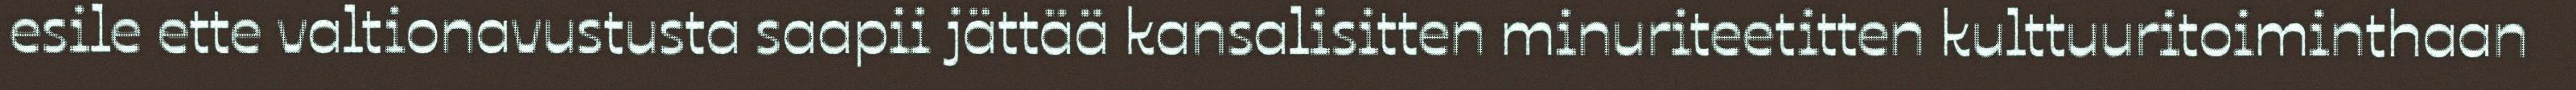
esile ette valtionavustusta saapii jättää kansalisitten minuriteetitten kulttuuritoiminthaan